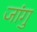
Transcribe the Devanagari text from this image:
जांगु